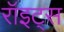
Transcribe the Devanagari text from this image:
रॉइट्स